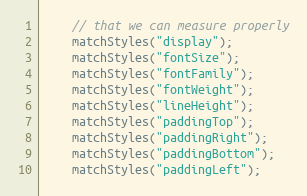
Language: Java
	// that we can measure properly
	matchStyles("display");
	matchStyles("fontSize");
	matchStyles("fontFamily");
	matchStyles("fontWeight");
	matchStyles("lineHeight");
	matchStyles("paddingTop");
	matchStyles("paddingRight");
	matchStyles("paddingBottom");
	matchStyles("paddingLeft");